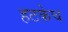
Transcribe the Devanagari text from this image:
हटकेच